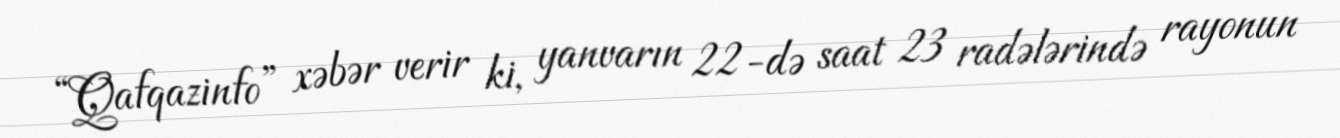
“Qafqazinfo” xəbər verir ki, yanvarın 22-də saat 23 radələrində rayonun